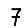
Digit: 7